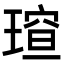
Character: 𪼍